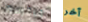
جيفرسون آخر